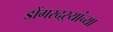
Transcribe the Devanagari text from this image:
डोंगरदऱ्यांच्या